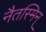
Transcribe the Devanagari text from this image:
नैतस्मिन्